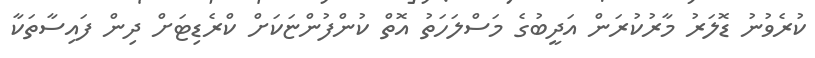
ކުރެވުނު ޑޮލަރު މާރުކުރަން އަދީބުގެ މަސްލަހަތު އޮތް ކުންފުންޏަކަށް ކްރެޑިޓަށް ދިން ފައިސާތަކާ